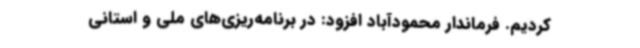
کردیم. فرماندار محمودآباد افزود: در برنامه‌ریزی‌های ملی و استانی